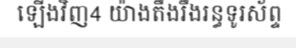
ឡើងវិញ4 យ៉ាងតឹងរឹងរន្ធទូរស័ព្ទ